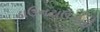
ડાઉનટાઉનની